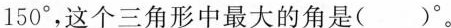
150°，这个三角形中最大的角是( )°。